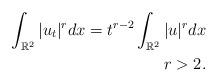
LaTeX: \begin{align*}\int_{\mathbb{R}^{2}}|u_{t}|^{r}dx=t^{r-2}\int_{\mathbb{R}^{2}}|u|^{r}dx\\ r>2. \end{align*}